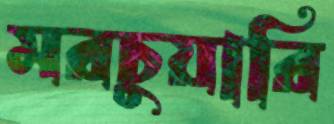
মরচুয়ারি